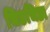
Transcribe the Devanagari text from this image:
चिडचिडा